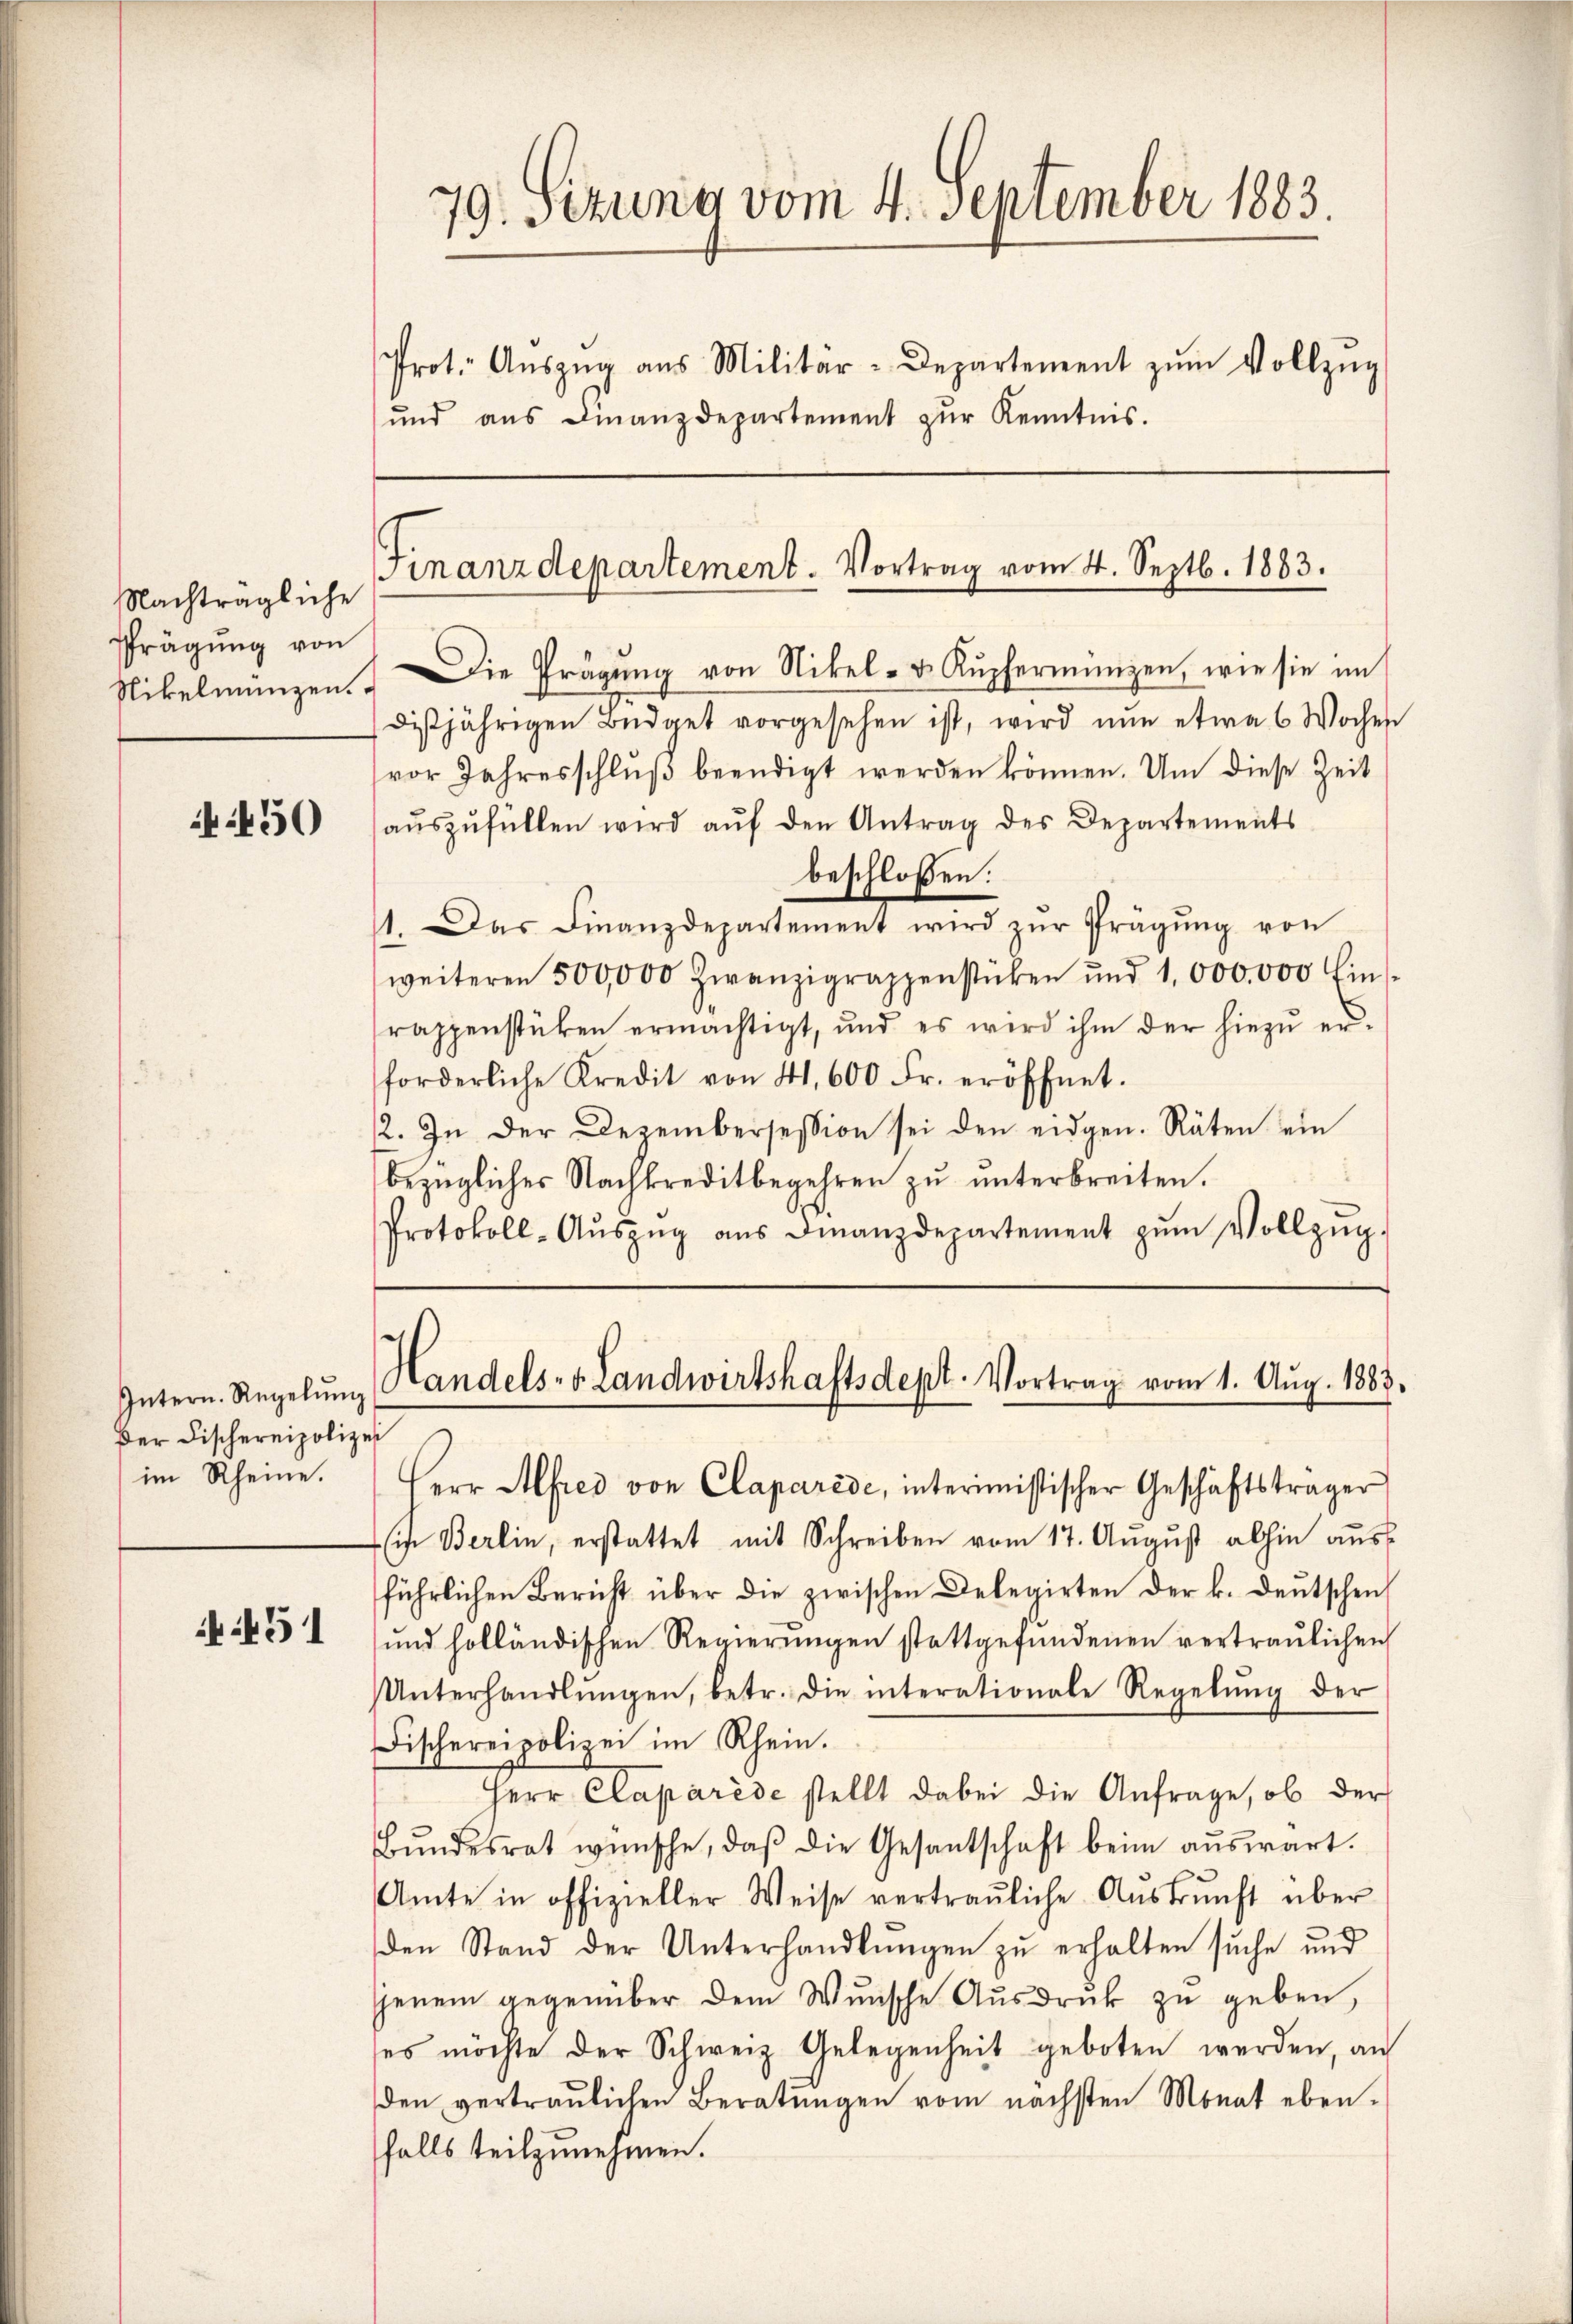
Nachträgliche
Prägung von

4450

Der Fischereipolizei
im Rheine.

451

und aŭs Finanzdepartement zŭr Kenntnis.

19. Sizung vom 4. September 1883.
1
Prot. Aŭszŭg aŭs Militär-Departement zŭm Vollzŭg

Finanzdepartement. Vortrag vom 4. Septb. 1883.

Nikelmünzen. Die Prägung von Nikel- & Kupfermünzen, wie sie im
disjährigen Büdget vorgesehen ist, wird nun etwa 6 Wochen
vor Jahresschlŭβ beendigt werden können. Um diese Zeit
aŭszŭfüllen wird aŭf den Antrag des Departements
beschloßen:
11. Das Finanzdepartement wird zŭr Prägŭng von
weiteren 500,000 Zwanzigrappenstücken und 1,000.000 Ein
rappenstücken ermächtigt, und es wird ihm der hiezŭ er-
forderliche Kredit von 41, 600 Fr. eröffnet.
2. In der Dezembersession sei den eidgen. Räten ein
bezüglicher Nachkreditbegehren zŭ ŭnterbreiten.
Protokoll-Aŭszŭg aŭs Finanzdepartement zŭm Vollzŭg.

Intern. Regelŭng Handels- v. Landwirtshaftsdept. Vortrag vom 1. Aŭg. 1387.

Herr Alfred von Claparide, interimistischer Geschäftsträger
in Berlin, erstattet mit Schreiben vom 17. August abhin aus
führlichen Bericht über die zwischen Delegirten der k. deutschen
und holländischen Regierŭngen stattgefŭndenen vertraulichen
Unterhandlŭngen, betr. die interationale Regelŭng der
Fischereipolizei im Rhein.
Herr Claparise stellt dabei die Anfrage, ob der
Bŭndesrat wünsche, daβ die Gesantschaft beim aŭswärt
Amte in offizieller Weise vertrauliche Auskunft über
den Stand der Unterhandlungen zu erhalten suche und
jenem gegenüber dem Wunsche Aŭsdrŭk zu geben,
ses möchte der Schweiz Gelegenheit geboten werden, an
den vertraulichen Beratŭngen vom nächsten Monat eben.
falls teilzunehmen.